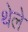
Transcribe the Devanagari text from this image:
थेले